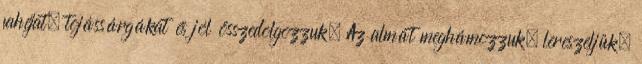
fahéjat, tojássárgákat és jól összedolgozzuk. Az almát meghámozzuk, lereszeljük,